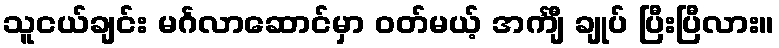
သူငယ်ချင်း မင်္ဂလာဆောင်မှာ ဝတ်မယ့် အင်္ကျီ ချုပ် ပြီးပြီလား။